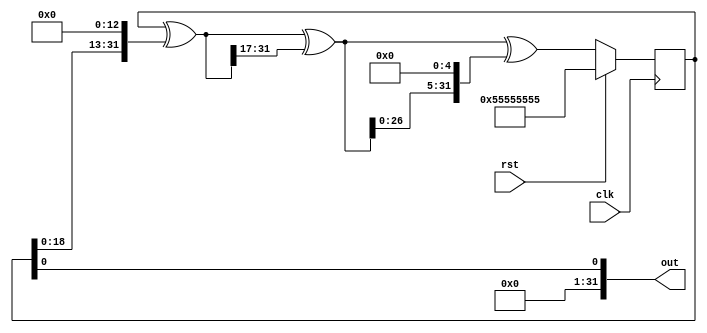
`timescale 1ns / 1ps

//////////////////////////////////////////////////////////////////////////////////
// References:
// - https://en.wikipedia.org/wiki/Xorshift
// - https://electronics.stackexchange.com/questions/30521/random-bit-sequence-using-verilog
//////////////////////////////////////////////////////////////////////////////////

module xorshift_32(input clk, input rst, output [31:0] out);
    /* PSEUDORANDOM INPUT DATA GENERATOR XORSHIFT */
    reg [31:0] xorshift_32_state;
    wire [31:0] xorshift_step1 = xorshift_32_state ^ {xorshift_32_state[18:0], 13'b0};
    wire [31:0] xorshift_step2 = xorshift_step1 ^ {17'b0, xorshift_step1[31:17]};
    wire [31:0] xorshift_step3 = xorshift_step2 ^ {xorshift_step2[26:0], 5'b0};

    always @(posedge clk)
        if (rst)
            xorshift_32_state <= 32'b01010101010101010101010101010101;
        else
            xorshift_32_state <= xorshift_step3;

    assign out = xorshift_32_state[0];
endmodule

module PRBS7(input clk, input rst, output reg [6:0] d);
    always @(posedge clk)
        if (rst)
            d <= 7'b1010101;
        else
            d <= { d[5:0], d[6] ^ d[5] };
endmodule

module PRBS23(input clk, input rst, output reg [22:0] d);
    always @(posedge clk)
        if (rst)
            d <= 23'b1010101;
        else
            d <= { d[22:0], d[22] ^ d[17] };
endmodule

module PRBS31(input clk, input rst, output reg [30:0] d);
    always @(posedge clk)
        if (rst)
            d <= 31'b1010101;
        else
            d <= { d[30:0], d[30] ^ d[27] };
endmodule